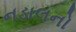
નડાલનો